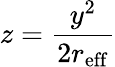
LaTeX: z=\frac{y^{2}}{2r_{\mathrm{eff}}}